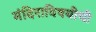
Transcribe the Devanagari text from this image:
मंदिराविषयीची